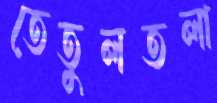
তেতুলতলা